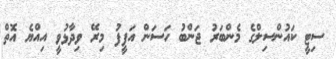
ސިޓީ ކައުންސިލްގެ މެންބަރު ޖަންބު ހަސަން އަފީފު މިރޭ ވިދާޅުވީ އިއްޔެ އޮތް